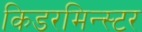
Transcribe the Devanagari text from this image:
किडरमिन्स्टर